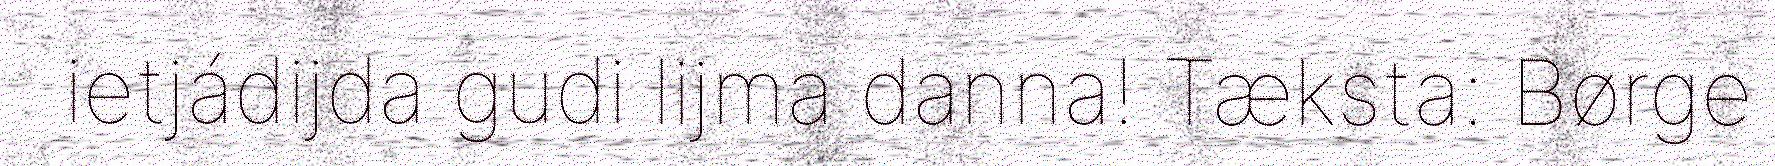
ietjádijda gudi lijma danna! Tæksta: Børge